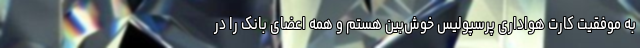
به موفقیت کارت هواداری پرسپولیس خوش‌بین هستم و همه اعضای بانک را در